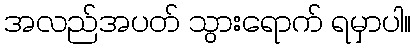
အလည်အပတ် သွားရောက် ရမှာပါ။